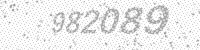
Solution: 982089